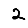
Digit: 2